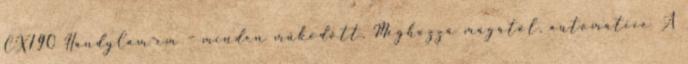
CX190 HandyCam-em – minden működött. Méghozzá magától, automatice A